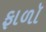
ફાળૉ